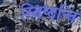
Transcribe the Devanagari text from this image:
स्तिष्ठन्ति